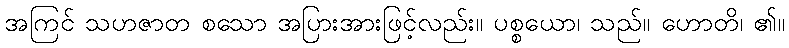
အကြင် သဟဇာတ စသော အပြားအားဖြင့်လည်း။ ပစ္စယော၊ သည်။ ဟောတိ၊ ၏။